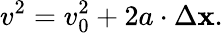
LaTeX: v^{2}=v_{0}^{2}+2a\cdot\Delta\mathbf{x}.